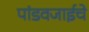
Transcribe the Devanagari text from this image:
पांडवजाईचे